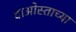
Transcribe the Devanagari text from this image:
दाओस्ताच्या